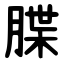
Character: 䐑